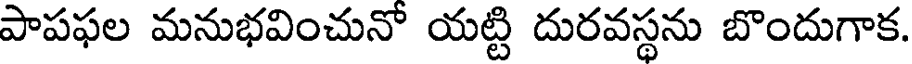
పాపఫల మనుభవించునో యట్టి దురవస్థను బొందుగాక.